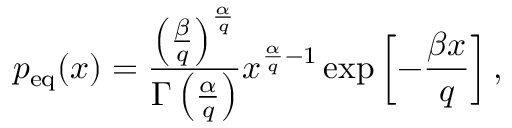
p _ { \mathrm { e q } } ( x ) = \frac { \left( \frac { \beta } { q } \right) ^ { \frac { \alpha } { q } } } { \Gamma \left( \frac { \alpha } { q } \right) } x ^ { \frac { \alpha } { q } - 1 } \exp \left[ - \frac { \beta x } { q } \right] ,